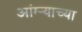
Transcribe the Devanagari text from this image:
आंग्र्‍याच्या